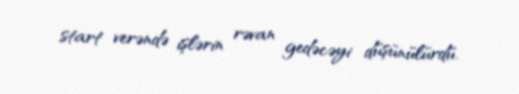
start verəndə işlərin rəvan gedəcəyi düşünülürdü.